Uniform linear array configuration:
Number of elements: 48
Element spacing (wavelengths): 0.5
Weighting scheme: cosine
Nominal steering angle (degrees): -60
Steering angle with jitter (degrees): -60.146
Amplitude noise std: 0.05
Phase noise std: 0.05

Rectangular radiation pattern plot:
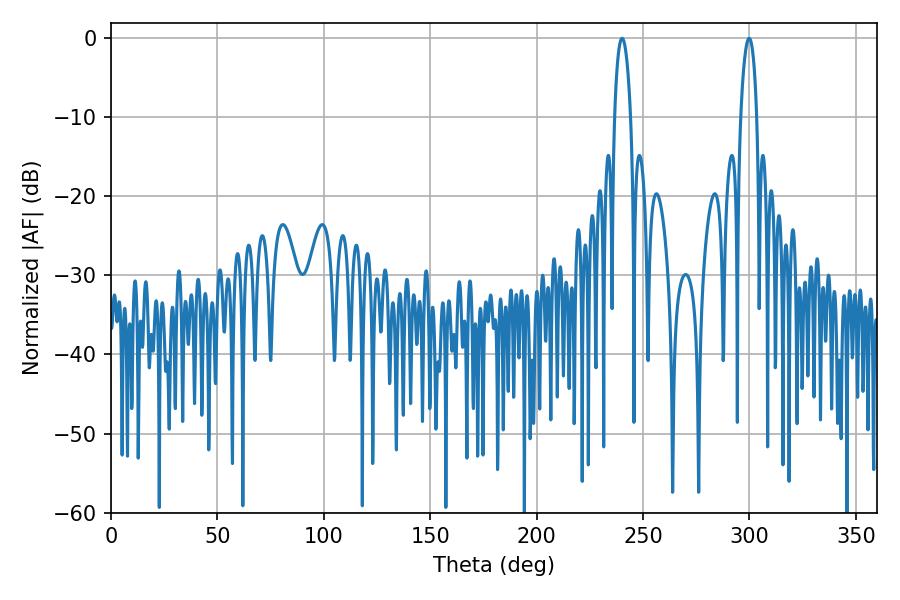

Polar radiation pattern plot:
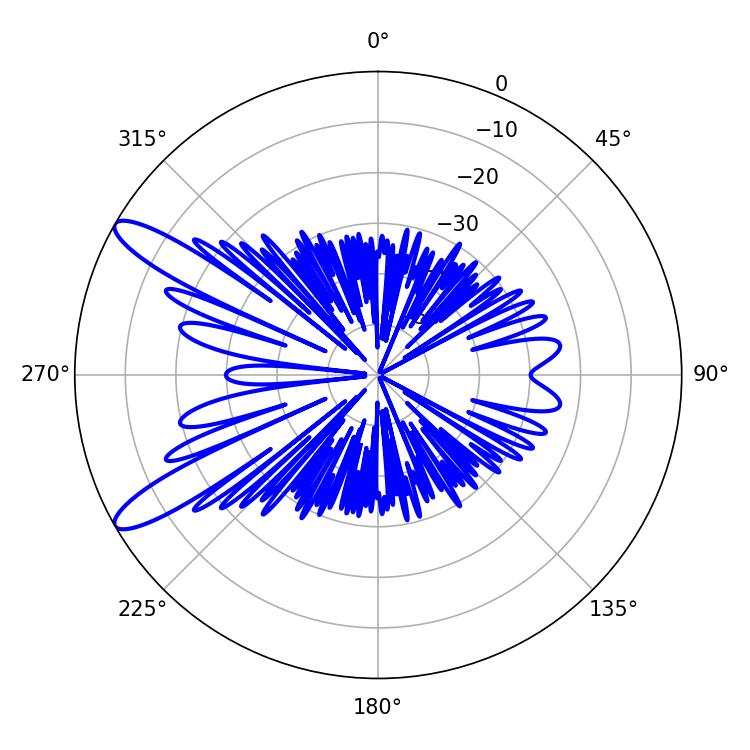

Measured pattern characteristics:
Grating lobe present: FALSE
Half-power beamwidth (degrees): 4.14
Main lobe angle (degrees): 240.12